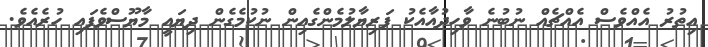
އިތުރު އެއްވެސް އެއްޗެއް ނުބުނެ ވާހިދުއާއެކު ފަރިޔާލުމެންގެއިން ނުކުމެގެން ދިޔައީ މާޔޫސްވެފައި ހުރެއެވެ.